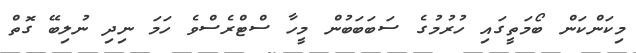
މިކަންކަން ބޯމަތީގައި ހުރުމުގެ ސަބަބަބުން މީހާ ސްޓްރެސްވެ ހަމަ ނިދި ނުލިބޭ ގޮތް